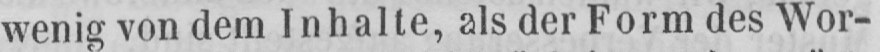
wenig von dem Inhalte, als der Form des Wor-